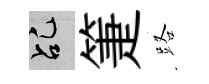
乩箑路